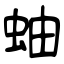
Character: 蚰